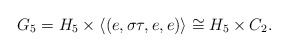
\begin{align*} G_5=H_5\times\langle (e,\sigma \tau,e,e)\rangle\cong H_5\times C_2. \end{align*}